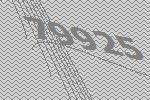
79925